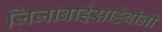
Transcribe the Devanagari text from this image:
जिजाबाईसाहेबांनी